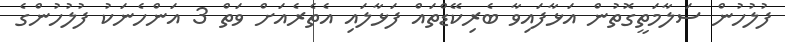
ފުލުހުން ސަލާމަތީގޮތުން އަޅާފައިވާ ބެރިކޭޑްތައް ފަޅާލައި އެތެރެއަށް ވަތް 3 އަންހެނަކު ފުލުހުންގެ